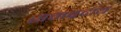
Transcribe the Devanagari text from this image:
समब्रदाय